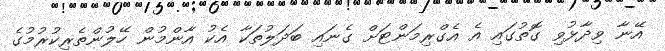
އޭނާ ވިދާޅުވި ގޮތުގައި އެ އެގްރިމަންޓަށް ގެނައި ބަދަލުތަކާ އެކު އާންމުން ހޭލުންތެރިކުރުމުގެ